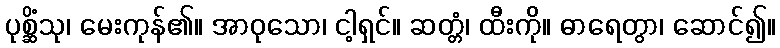
ပုစ္ဆိံသု၊ မေးကုန်၏။ အာဝုသော၊ ငါ့ရှင်။ ဆတ္တံ၊ ထီးကို။ ဓာရေတွာ၊ ဆောင်၍။